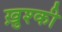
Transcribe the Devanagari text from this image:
ख़ुश्की